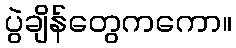
ပွဲချိန်တွေကကော။